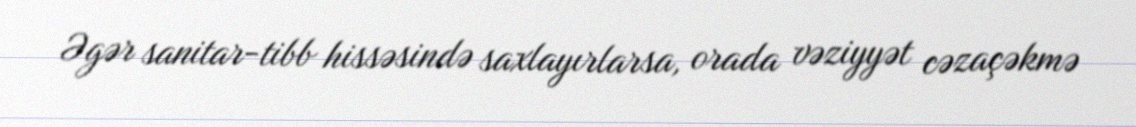
Əgər sanitar-tibb hissəsində saxlayırlarsa, orada vəziyyət cəzaçəkmə